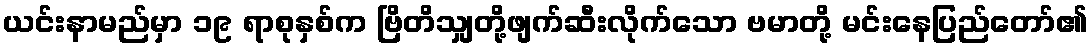
ယင်းနာမည်မှာ ၁၉ ရာစုနှစ်က ဗြိတိသျှတို့ဖျက်ဆီးလိုက်သော ဗမာတို့ မင်းနေပြည်တော်၏